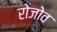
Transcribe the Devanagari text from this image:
रोजोव